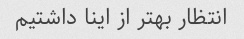
انتظار بهتر از اینا داشتیم